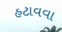
હટાવવા